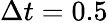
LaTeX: \Delta t=0.5